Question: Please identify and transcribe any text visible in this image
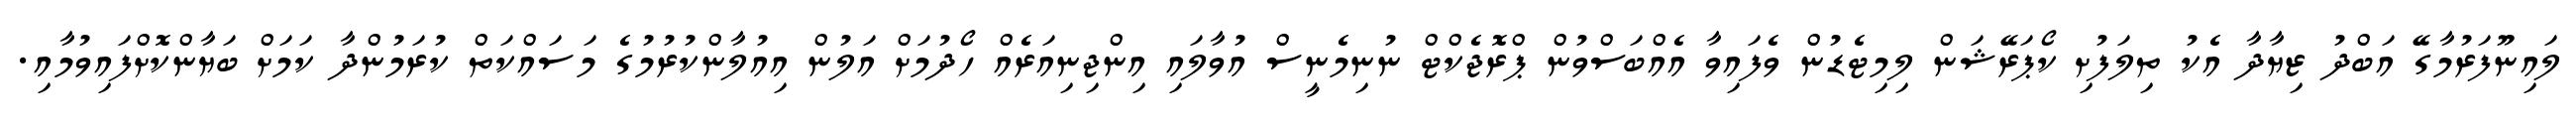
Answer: ލައިނޫފަރުމާގޭ އަބްދު ޒިޔާދާ އެކު ތިލަފުށި ކޯޕަރޭޝަން ލިމިޓެޑުން ވެފައިވާ އެއްބަސްވުން ޕްރޮޖެކްޓް ނުނިމެނީސް އުވާލައި އިންޖިނިއަރެއް ހޯދުމަށް އަލުން އިއުލާންކުރުމުގެ މަސައްކަތް ކުރަމުންދާ ކަމަށް ބަޔާންކޮށްފައިވުމާއި.